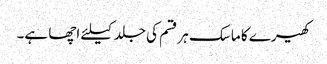
کھیرے کا ماسک ہر قسم کی جلد کیلئے اچھا ہے۔